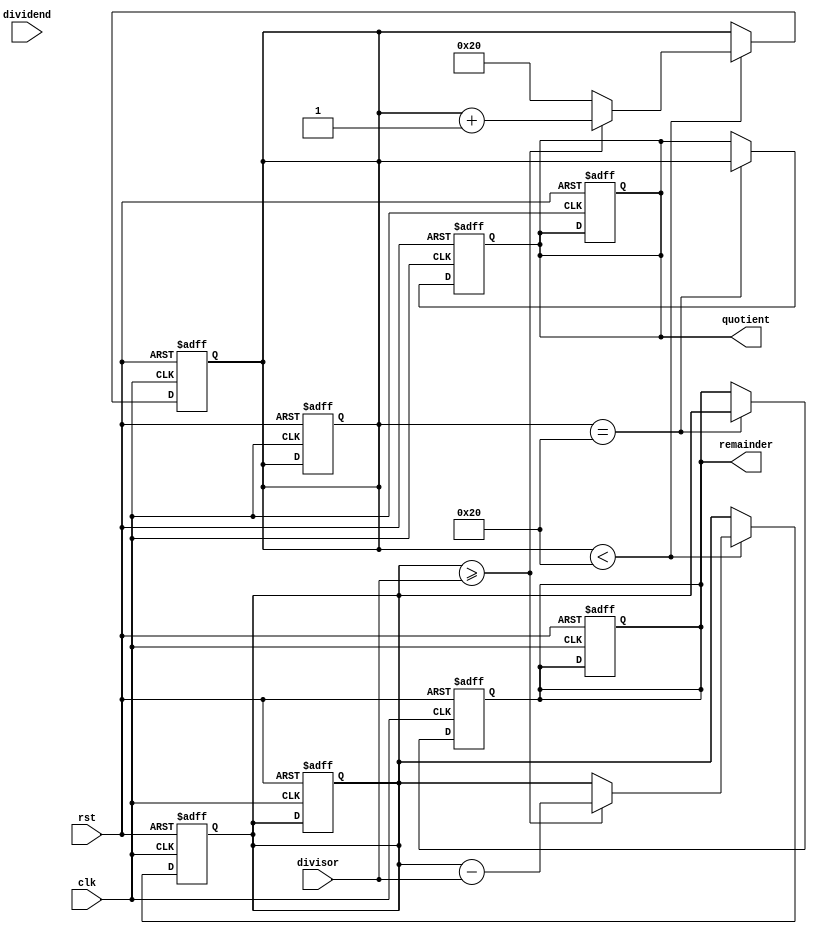
module counter_based_divider(
  input wire clk,
  input wire rst,
  input wire [31:0] dividend,
  input wire [31:0] divisor,
  output reg [31:0] quotient,
  output reg [31:0] remainder
);

reg [31:0] counter;
reg [31:0] temp_dividend;

always @(posedge clk or posedge rst) begin
  if (rst) begin
    counter <= 0;
    quotient <= 0;
    remainder <= 0;
    temp_dividend <= 0;
  end else begin
    if (counter < 32) begin
      if (temp_dividend >= divisor) begin
        temp_dividend <= temp_dividend - divisor;
        counter <= counter + 1;
      end else begin
        counter <= 32;
      end
    end
  end
end

always @(posedge clk or posedge rst) begin
  if (rst) begin
    counter <= 0;
    quotient <= 0;
    remainder <= 0;
    temp_dividend <= 0;
  end else begin
    if (counter == 32) begin
      quotient <= counter;
      remainder <= temp_dividend;
    end
  end
end

endmodule